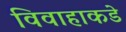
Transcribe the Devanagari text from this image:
विवाहाकडे